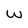
Character: W